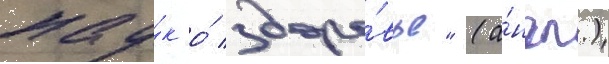
нау́к о́ здоро́вье" (а́нгл.)